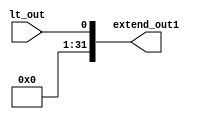
module sign_extend1_32(
    input wire lt_out,
    output wire [31:0] extend_out1
);

    assign extend_out1 = {{32{1'b0}}, lt_out};

endmodule